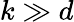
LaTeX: k\gg d